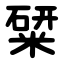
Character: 䊙